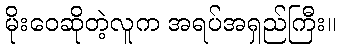
မိုးဝေဆိုတဲ့လူက အရပ်အရှည်ကြီး။